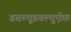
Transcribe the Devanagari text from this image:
डबल्यूडबल्यूऍफ़